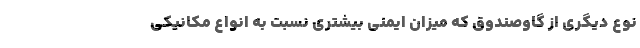
نوع دیگری از گاوصندوق­ که میزان ایمنی بیشتری نسبت به انواع مکانیکی